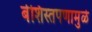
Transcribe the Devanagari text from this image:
बेशिस्तपणामुळे